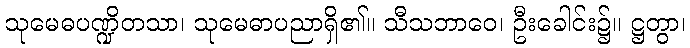
သုမေဓပဏ္ဍိတသာ၊ သုမေဓာပညာရှိ၏။ သီသဘာဝေ၊ ဦးခေါင်း၌။ ဋ္ဌတွာ၊